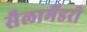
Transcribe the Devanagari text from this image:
सैलामैंडरी